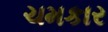
ચમકાર